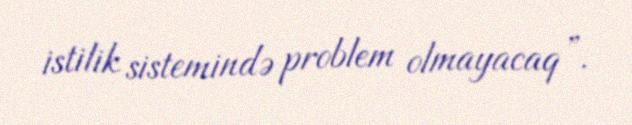
istilik sistemində problem olmayacaq”.